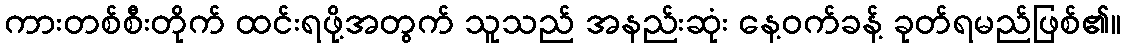
ကားတစ်စီးတိုက် ထင်းရဖို့အတွက် သူသည် အနည်းဆုံး နေ့ဝက်ခန့် ခုတ်ရမည်ဖြစ်၏။